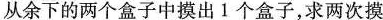
从余下的两个盒子中摸出1个盒子，求两次摸